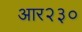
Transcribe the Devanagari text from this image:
आर२३०